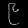
Digit: ၉